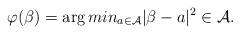
LaTeX: \begin{align*}\varphi(\beta) = \arg min_{a \in \mathcal{A}} |\beta - a|^{2} \in \mathcal{A}.\\\end{align*}